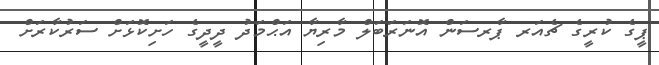
ޕީގެ ކުރީގެ ޗެއަރ ޕާރސަން އޮނަރަބަލް މާރިޔާ އަޙްމަދު ދީދީގެ ހަށިކޮޅަށް ސަރުކާރަށް